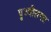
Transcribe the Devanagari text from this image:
पृथ्वीलगत